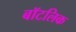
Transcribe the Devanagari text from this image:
बॉटलिक